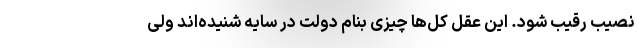
نصیب رقیب شود. این عقل کل‌ها چیزی بنام دولت در سایه شنیده‌اند ولی